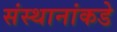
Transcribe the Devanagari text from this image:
संस्थानांकडे